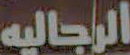
الرجاليه